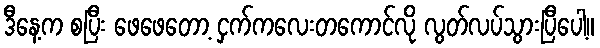
ဒီနေ့က စပြီး ဖေဖေတော့ ငှက်ကလေးတကောင်လို လွတ်လပ်သွားပြီပေါ့။